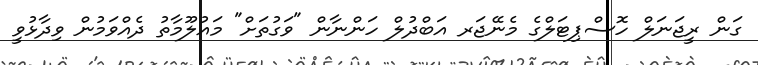
ގަން ރީޖަނަލް ހޮސްޕިޓަލްގެ މެނޭޖަރ އަބްދުލް ހަންނާން "ވަގުތަށް" މައުލޫމާތު ދެއްވަމުން ވިދާޅުވީ